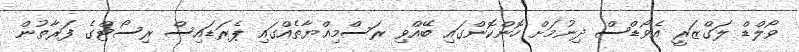
ވޯލްޑް ލަގްޒަރީ އެވޯޑްސް ދިނުމަށް ހޮންކޮންގައި ބޭއްވި ރަސްމިއްޔާތެއްގައި ޕެރަޑައިސް ރިސޯޓްގެ ފަރާތުން